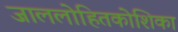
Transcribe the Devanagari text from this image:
जाललोहितकोशिका